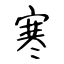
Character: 寒